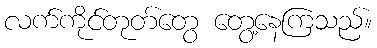
လက်ကိုင်တုတ်တွေ တွေ့နေကြသည်။